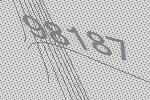
98187